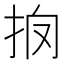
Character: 𢪼